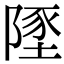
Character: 𨻐